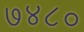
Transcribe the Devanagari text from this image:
७४८०